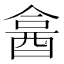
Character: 𨠭